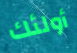
أولئك